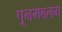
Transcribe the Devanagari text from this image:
पूनमबलम